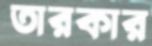
তারকার